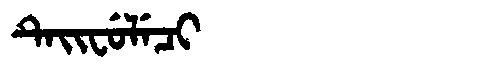
Manchu: ᡨᡝᡳᠸᡠᠯᡝᠴᡳ
Romanization: TEIFULECI